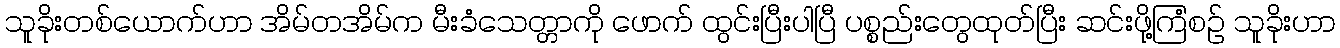
သူခိုးတစ်ယောက်ဟာ အိမ်တအိမ်က မီးခံသေတ္တာကို ဖောက် ထွင်းပြီးပါပြီ ပစ္စည်းတွေထုတ်ပြီး ဆင်းဖို့ကြံစဉ် သူခိုးဟာ